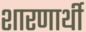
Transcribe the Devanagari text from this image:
शारणार्थी